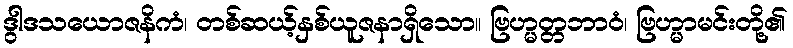
ဒွါဒသယောဇနိကံ၊ တစ်ဆယ့်နှစ်ယူဇနာရှိသော။ ဗြဟ္မတ္တဘာဝံ၊ ဗြဟ္မာမင်းတို့၏